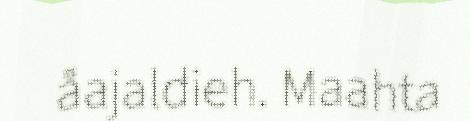
åajaldieh. Maahta